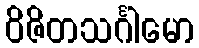
ဝိဇိတသင်္ဂါမော